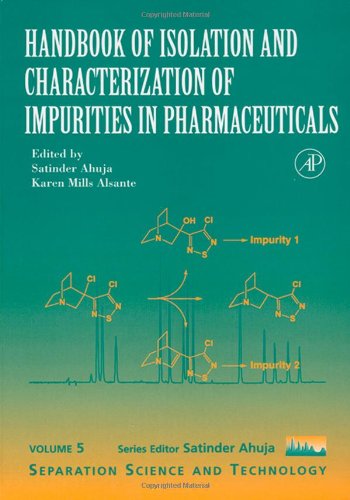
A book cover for Handbook of Isolation and Characterization of Impurities in Pharmaceuticals, Volume 5 (Separation Science and Technology); Satinder Ahuja; Science & Math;